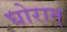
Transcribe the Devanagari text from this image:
घोरान्